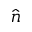
\hat { n }